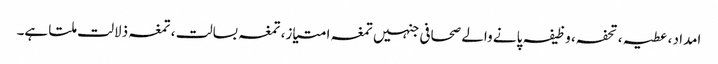
امداد ، عطیہ ، تحفہ، وظیفہ پانے والے صحافی جنہیں تمغہ امتیاز، تمغہ بسالت ، تمغہ ذلالت ملتا ہے۔